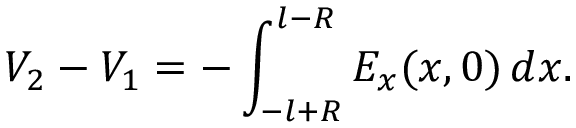
V _ { 2 } - V _ { 1 } = - \int _ { - l + R } ^ { l - R } E _ { x } ( x , 0 ) \, d x .